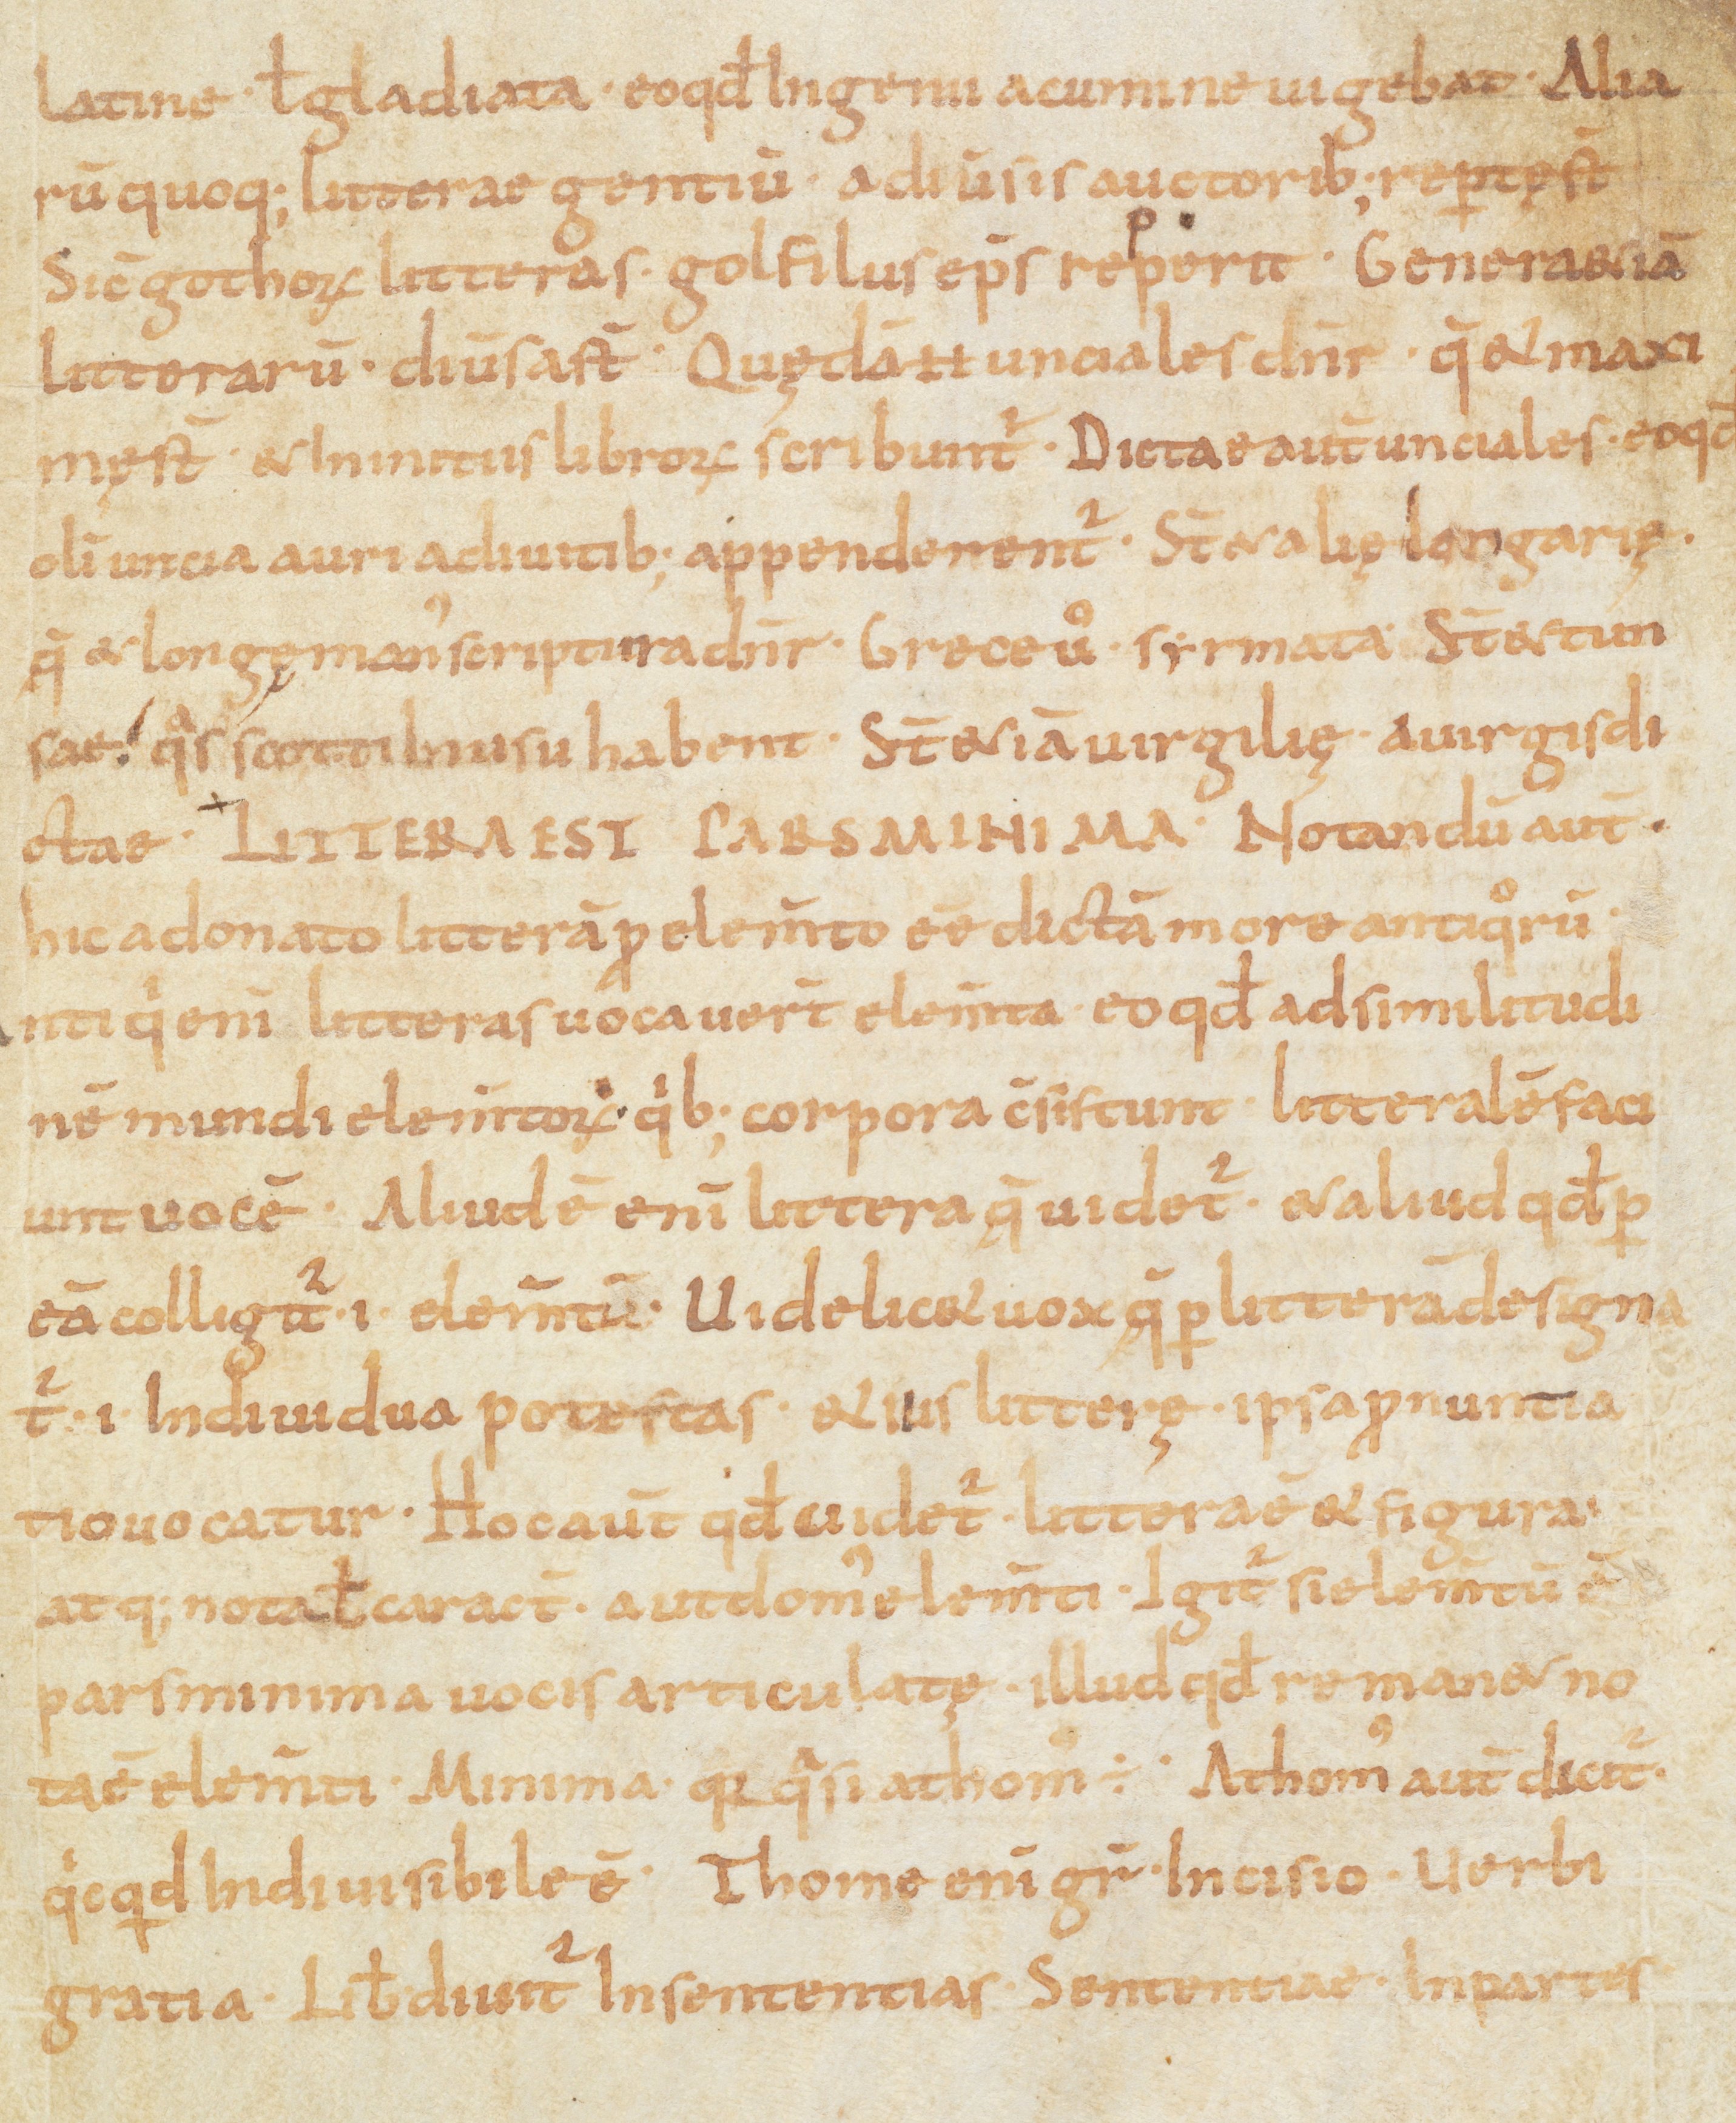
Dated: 866–899